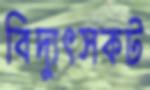
বিদ্যুৎসকট